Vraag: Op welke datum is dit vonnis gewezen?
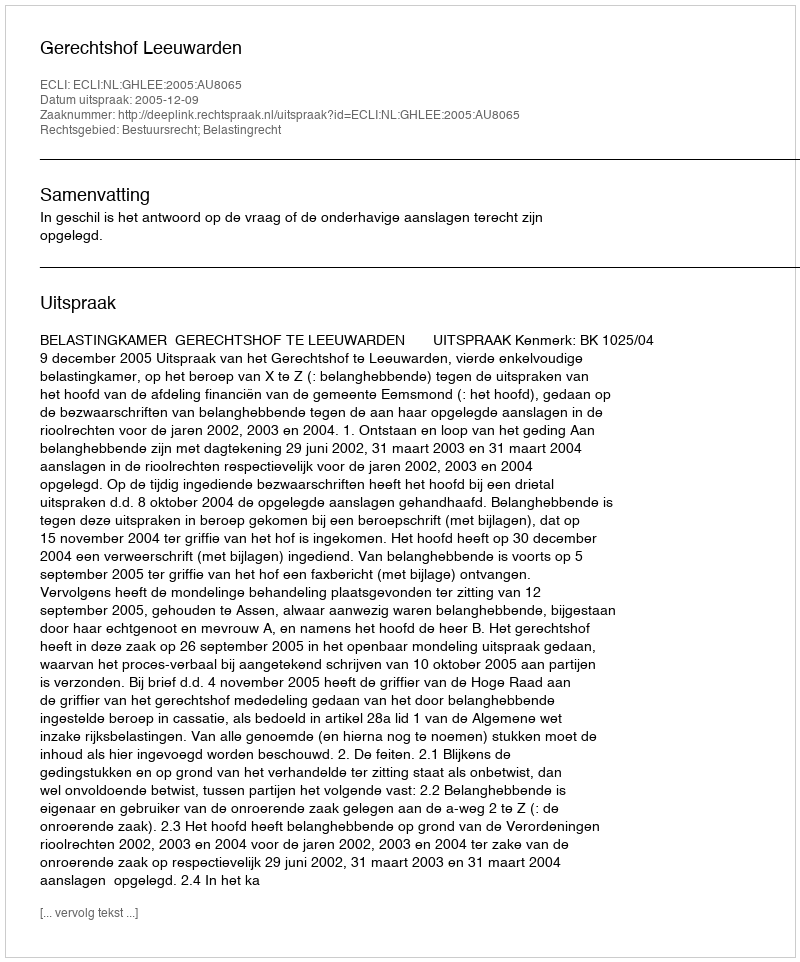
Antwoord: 2005-12-09